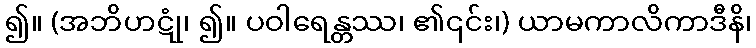
၍။ (အဘိဟဋုံ၊ ၍။ ပဝါရေန္တဿ၊ ၏၎င်း၊) ယာမကာလိကာဒီနိ၊